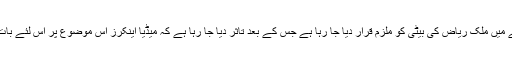
خیال رہے کہ حال ہی میں اداکارہ عظمیٰ خان پر تشدد کے معاملے میں ملک ریاض کی بیٹی کو ملزم قرار دیا جا رہا ہے جس کے بعد تاثر دیا جا رہا ہے کہ میڈیا اینکرز اس موضوع پر اس لئے بات نہیں کر رہے کیونکہ انہوں نے ملک ریاض سے پیسے لئے ہیں۔